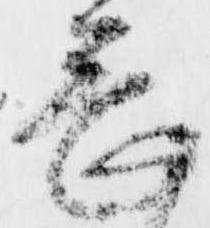
畏